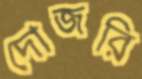
দোজরি